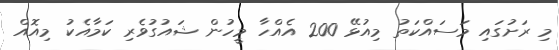
މި ރަށުގައި މަސައްކަތު މިއުޅޭ 200 އެއްހާ މީހުން ޝައުގުވެރި ކަމާއެކު މިއޮއް